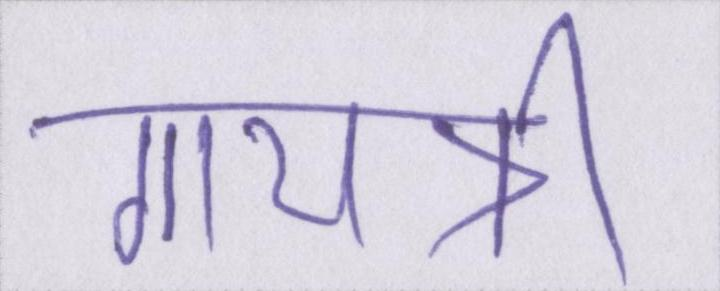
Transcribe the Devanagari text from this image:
गायत्री